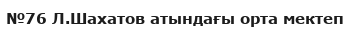
№76 Л.Шахатов атындағы орта мектеп